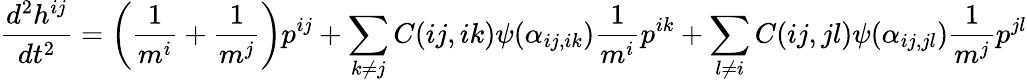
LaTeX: {\frac{d^{2}h^{ij}}{dt^{2}}}=\left({\frac{1}{m^{i}}}+{\frac{1}{m^{j}}}\right)p^{ij}+\sum_{k\neq j}C(ij,ik)\psi(\alpha_{ij,ik}){\frac{1}{m^{i}}}p^{ik}+\sum_{l\neq i}C(ij,jl)\psi(\alpha_{ij,jl}){\frac{1}{m^{j}}}p^{jl}